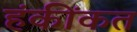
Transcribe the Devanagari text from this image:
हंकींकत